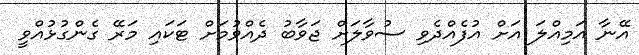
އޭނާ އަމިއްލަ އަށް އުފެއްދެވި ސުވާލަށް ޖަވާބު ދެއްވުމަށް ޓަކައި މަރޭ ގެންގުޅުއްވީ